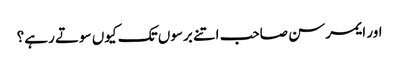
اور ایمرسن صاحب اتنے برسوں تک کیوں سوتے رہے؟